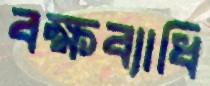
বক্ষব্যাধি